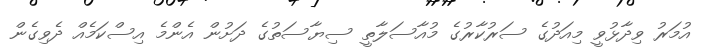
އުމަރު ވިދާޅުވީ މިއަދުގެ ސަރުކާރުގެ މުއާސަލާތީ ސިޔާސަތުގެ ދަށުން އެންމެ އިސްކަމެއް ދެވިގެން